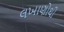
લખાણોથી